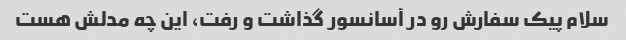
سلام پیک سفارش رو در آسانسور گذاشت و رفت، این چه مدلش هست